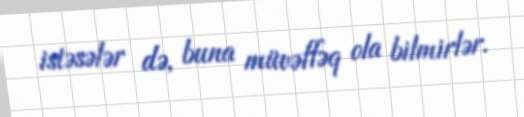
istəsələr də, buna müvəffəq ola bilmirlər.